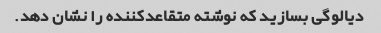
دیالوگی بسازید که نوشته متقاعدکننده را نشان دهد.